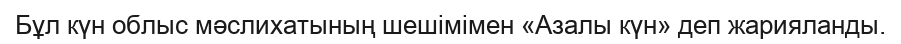
Бұл күн облыс мәслихатының шешімімен «Азалы күн» деп жарияланды.